Lunatic asylums Burma 1907-21 - 1907-1921
Year: 1907
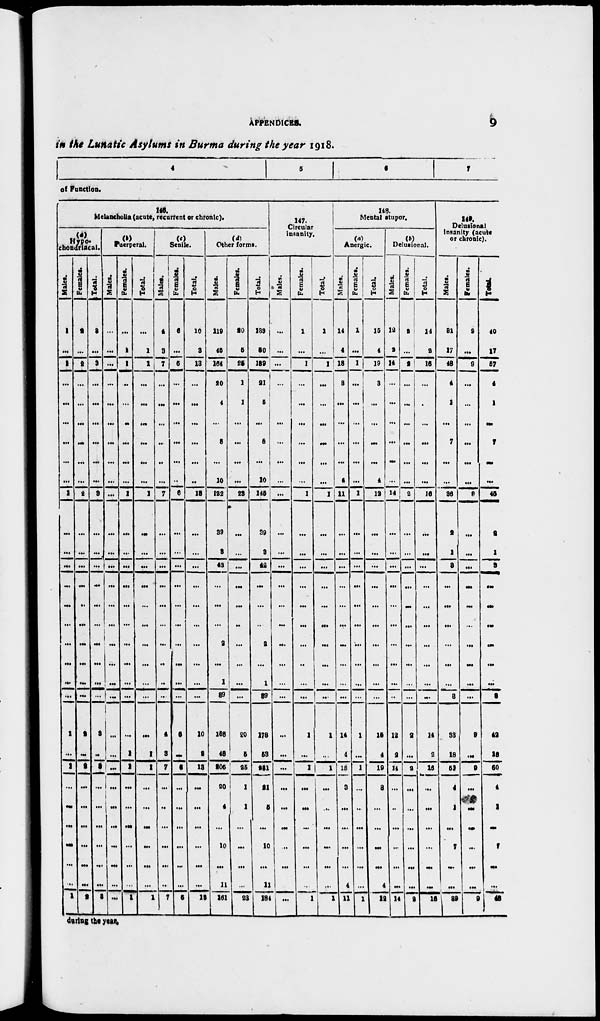
APPENDICES.
9
in the Lunatic Asylums in Burma during the year 1918.
4
5
6
7
of Function.
146.
Melancholia (acute, recurrent or chronic).
(a)
Hypo-
chondriacal.
Males.
1
...
1
...
...
...
...
...
...
1
...
...
...
...
...
...
...
...
...
...
1
...
1
...
...
...
...
...
...
1
Females.
2
...
2
...
...
...
...
...
...
2
...
...
...
...
...
...
...
...
...
...
2
...
2
...
...
...
...
...
...
2
Total.
3
...
3
...
...
...
...
...
...
3
...
...
...
...
...
...
...
...
...
...
3
...
3
...
...
...
...
...
...
3
(b)
Puerperal.
Males.
...
...
...
...
...
...
...
...
...
...
...
...
...
...
...
...
...
...
...
...
...
...
...
...
...
...
...
...
...
...
Females.
...
1
1
...
...
...
...
...
...
1
...
...
...
...
...
...
...
...
...
...
...
1
1
...
...
...
...
...
...
1
Total.
...
1
1
...
...
...
...
...
...
1
...
...
...
...
...
...
...
...
...
...
...
1
1
...
...
...
...
...
...
1
(c)
Senile.
Males.
4
3
7
...
...
...
...
...
...
7
...
...
...
...
...
...
...
...
...
...
4
3
7
...
...
...
...
...
...
7
Females.
6
...
6
...
...
...
...
...
...
6
...
...
...
...
...
...
...
...
...
...
6
...
6
...
...
...
...
...
...
6
Total.
10
3
13
...
...
...
...
...
...
13
...
...
...
...
...
...
...
...
...
...
10
3
13
...
...
...
...
...
...
13
(d)
Other forms.
Males.
119
45
164
20
4
...
8
...
10
122
39
3
42
...
...
...
2
...
1
39
158
48
206
20
4
...
10
...
11
161
Females.
20
5
25
1
1
...
...
...
...
23
...
...
...
...
...
...
...
...
...
...
20
5
25
1
1
...
...
...
...
23
Total.
139
50
189
21
5
...
8
...
10
145
39
3
42
...
...
...
2
...
1
39
178
53
231
21
5
...
10
...
11
184
147.
Circular
insanity.
Males.
...
...
...
...
...
...
...
...
...
...
...
...
...
...
...
...
...
...
...
...
...
...
...
...
...
...
...
...
...
...
Females.
1
...
1
...
...
...
...
...
...
1
...
...
...
...
...
...
...
...
...
...
1
...
1
...
...
...
...
...
...
1
Total.
1
...
1
...
...
...
...
...
...
1
...
...
...
...
...
...
...
...
...
...
1
...
1
...
...
...
...
...
...
1
148.
Mental stupor.
(a)
Anergic.
Males.
14
4
18
3
...
...
...
...
4
11
...
...
...
...
...
...
...
...
...
...
14
4
18
3
...
...
...
...
4
11
Females.
1
...
1
...
...
...
...
...
...
1
...
...
...
...
...
...
...
...
...
...
1
...
1
...
...
...
...
...
...
1
Total.
15
4
19
3
...
...
...
...
4
12
...
...
...
...
...
...
...
...
...
...
15
4
19
3
...
...
...
...
4
12
(b)
Delusional.
Males.
12
2
14
...
...
...
...
...
...
14
...
...
...
...
...
...
...
...
...
...
12
2
14
...
...
...
...
...
...
14
Females.
2
...
2
...
...
...
...
...
...
2
...
...
...
...
...
...
...
...
...
...
2
...
2
...
...
...
...
...
...
2
Total.
14
2
16
...
...
...
...
...
...
16
...
...
...
...
...
...
...
...
...
...
14
2
16
...
...
...
...
...
...
16
149.
Delusional
insanity (acute
or chronic).
Males.
31
17
48
4
1
...
7
...
...
36
2
1
3
...
...
...
...
...
...
3
33
18
51
4
1
...
7
...
...
39
Females.
9
...
9
...
...
...
...
...
...
9
...
...
...
...
...
...
...
...
...
...
9
...
9
...
...
...
...
...
...
9
Total.
40
17
57
4
1
...
7
...
...
45
2
1
3
...
...
...
...
...
...
3
42
18
60
4
1
...
7
...
...
48
during the year.